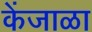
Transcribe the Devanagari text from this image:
केंजाळा